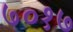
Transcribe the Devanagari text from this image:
७०१७